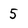
Character: 5